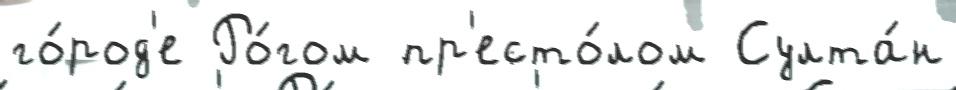
го́род'е Ро́гом пр'есто́лом Султа́н